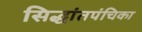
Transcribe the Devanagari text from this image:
सिद्धांतपंचिका